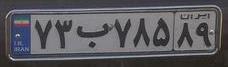
۷۳ب۷۸۵۸۹